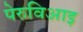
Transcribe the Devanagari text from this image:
पेरुविआइ